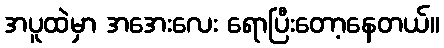
အပူထဲမှာ အအေးလေး ရောပြီးတော့နေတယ်။